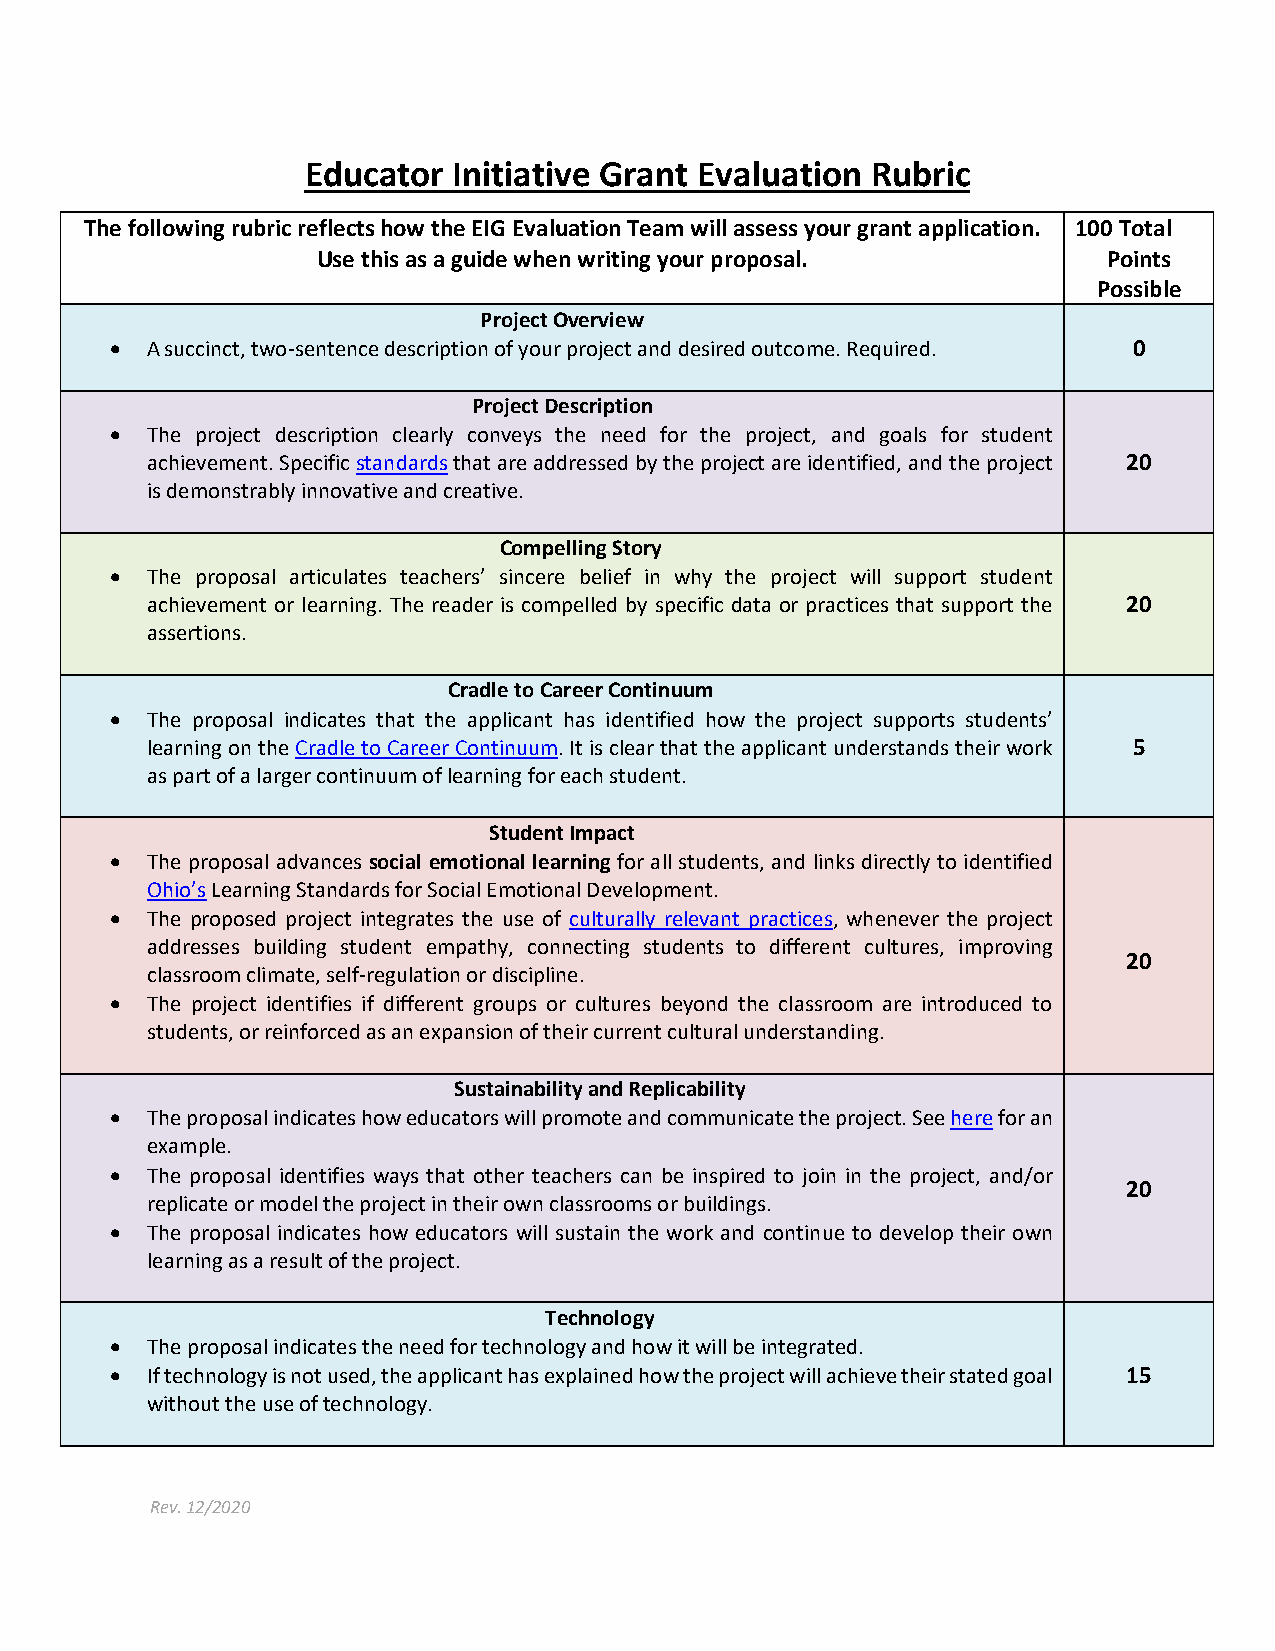
Educator  Initiative Grant Evaluation Rubric
 The following rubric reflects how the EIG Evaluation Team will assess your grant application. 100 Total
 Use this as a guide when writing your proposal.     Points
 Possible
 Project Overview
 •  A succinct, two-sentence description of your project and desired outcome. Required. 0
 Project Description
 •  The project description clearly conveys the need for the project, and goals for student
 achievement. Specific standards that are addressed by the project are identified, and the project 20
 is demonstrably innovative and creative.
 Compelling Story
 •  The proposal articulates teachers’ sincere belief in why the project will support student
 achievement or learning. The reader is compelled by specific data or practices that support the 20
 assertions.
 Cradle to Career Continuum
 •  The proposal indicates that the applicant has identified how the project supports students’
 learning on the Cradle to Career Continuum. It is clear that the applicant understands their work 5
 as part of a larger continuum of learning for each student.
 Student Impact
 •  The proposal advances social emotional learning for all students, and links directly to identified
 Ohio’s Learning Standards for Social Emotional Development.
 •  The proposed project integrates the use of culturally relevant practices, whenever the project
 addresses building student empathy, connecting students to different cultures, improving
 20
 classroom climate, self-regulation or discipline.
 •  The project identifies if different groups or cultures beyond the classroom are introduced to
 students, or reinforced as an expansion of their current cultural understanding.
 Sustainability and Replicability
 •  The proposal indicates how educators will promote and communicate the project. See here for an
 example.
 •  The proposal identifies ways that other teachers can be inspired to join in the project, and/or
 20
 replicate or model the project in their own classrooms or buildings.
 •  The proposal indicates how educators will sustain the work and continue to develop their own
 learning as a result of the project.
 Technology
 •  The proposal indicates the need for technology and how it will be integrated.
 •  If technology is not used, the applicant has explained how the project will achieve their stated goal 15
 without the use of technology.
 Rev. 12/2020